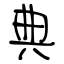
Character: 典